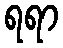
ရရာ